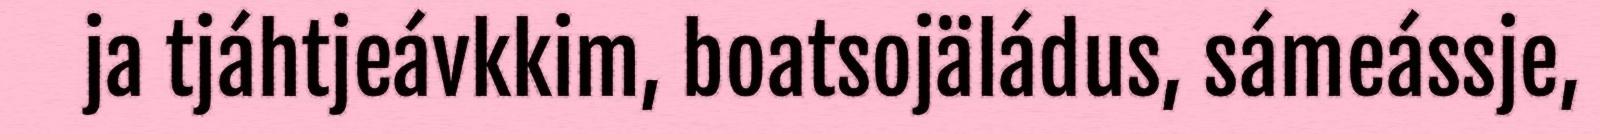
ja tjáhtjeávkkim, boatsojäládus, sámeássje,